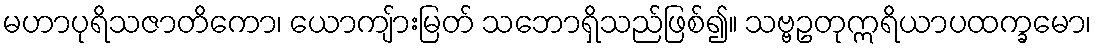
မဟာပုရိသဇာတိကော၊ ယောကျ်ားမြတ် သဘောရှိသည်ဖြစ်၍။ သဗ္ဗဥတုဣရိယာပထက္ခမော၊